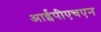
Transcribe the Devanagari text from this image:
आईपीएचएन